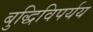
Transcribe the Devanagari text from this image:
बुद्धिविपर्यय